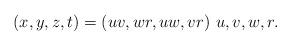
LaTeX: \begin{align*}(x,y,z,t)=(uv,wr,uw,vr) \,\, u,v,w,r. \end{align*}